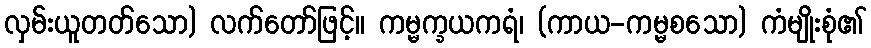
လှမ်းယူတတ်သော) လက်တော်ဖြင့်။ ကမ္မက္ခယကရံ၊ (ကာယ-ကမ္မစသော) ကံမျိုးစုံ၏